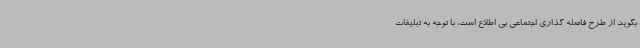
بگوید از طرح فاصله گذاری اجتماعی بی اطلاع است، با توجه به تبلیغات